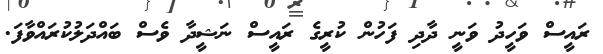
ރައީސް ވަހީދު ވަނީ ދާދި ފަހުން ކުރީގެ ރައީސް ނަޝީދާ ވެސް ބައްދަލުކުރައްވާފަ.